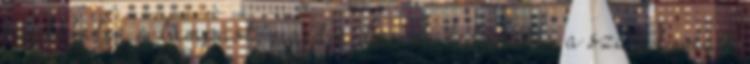
megtalálja a lámpást, majd a dzsinn ledarálja a szabályokat,